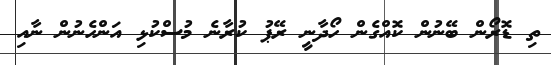
ތި ޑޮރޯން ބޭނުން ކޮއްގެން ހޯދާނީ ރޭޕު ކުރާނެ މުސްކުޅި އަންހެނުން ނާއި